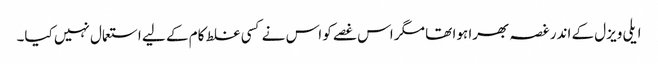
ایلی ویزل کے اندر غصہ بھرا ہوا تھا مگر اس غصے کو اس نے کسی غلط کام کے لیے استعمال نہیں کیا۔